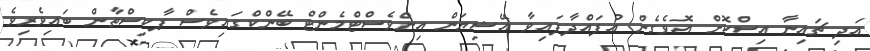
އަދި ޗައިނާ އިސްކޮށް އޮވެގެން އުފައްދާފައިވާ އޭޝިޔަން އިންވެސްޓްމެންޓް ބޭންކްގައިވެސް ޕާކިސްތާން ބައިވެރިވެ